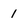
Character: 1